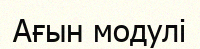
Ағын модулі